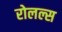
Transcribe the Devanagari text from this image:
रोलल्स